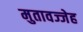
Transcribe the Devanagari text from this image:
मुतावज्जेह